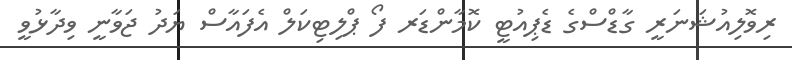
ރިވޮލިއުޝަނަރީ ގާޑްސްގެ ޑެޕިއުޓީ ކޮމާންޑަރ ފޯ ޕްލިޓިކަލް އެފައާސް ޔަދު ޖަވާނީ ވިދާޅުވީ